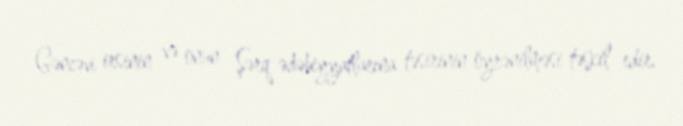
Gəncəvi irsinin və onun Şərq ədəbiyyatlarına təsirinin öyrənilməsi təşkil edir.